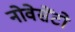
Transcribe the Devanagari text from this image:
नोवेसेंटो